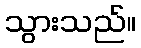
သွားသည်။